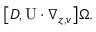
\begin{array} { r } { \big [ D , \mathrm { U } \cdot \nabla _ { z , v } \big ] \Omega . } \end{array}